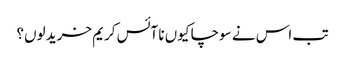
تب اس نے سوچا کیوں نا آئس کریم خرید لوں؟